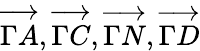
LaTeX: \overrightarrow{\Gamma A},\overrightarrow{\Gamma C},\overrightarrow{\Gamma N},\overrightarrow{\Gamma D}